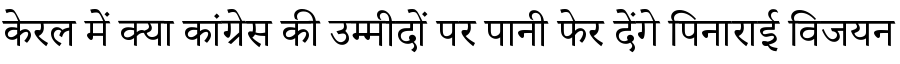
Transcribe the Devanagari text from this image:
केरल में क्या कांग्रेस की उम्मीदों पर पानी फेर देंगे पिनाराई विजयन